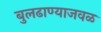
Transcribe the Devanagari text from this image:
बुलढाण्याजवळ